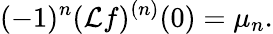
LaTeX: (-1)^{n}({\mathcal{L}}f)^{(n)}(0)=\mu_{n}.